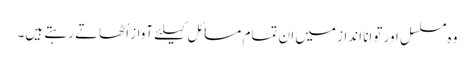
وہ مسلسل اور توانا انداز میں ان تمام مسائل کیلئے آواز اُٹھاتے رہتے ہیں۔